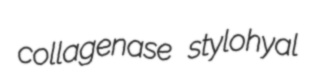
collagenase stylohyal